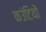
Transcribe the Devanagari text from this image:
कउंटियों